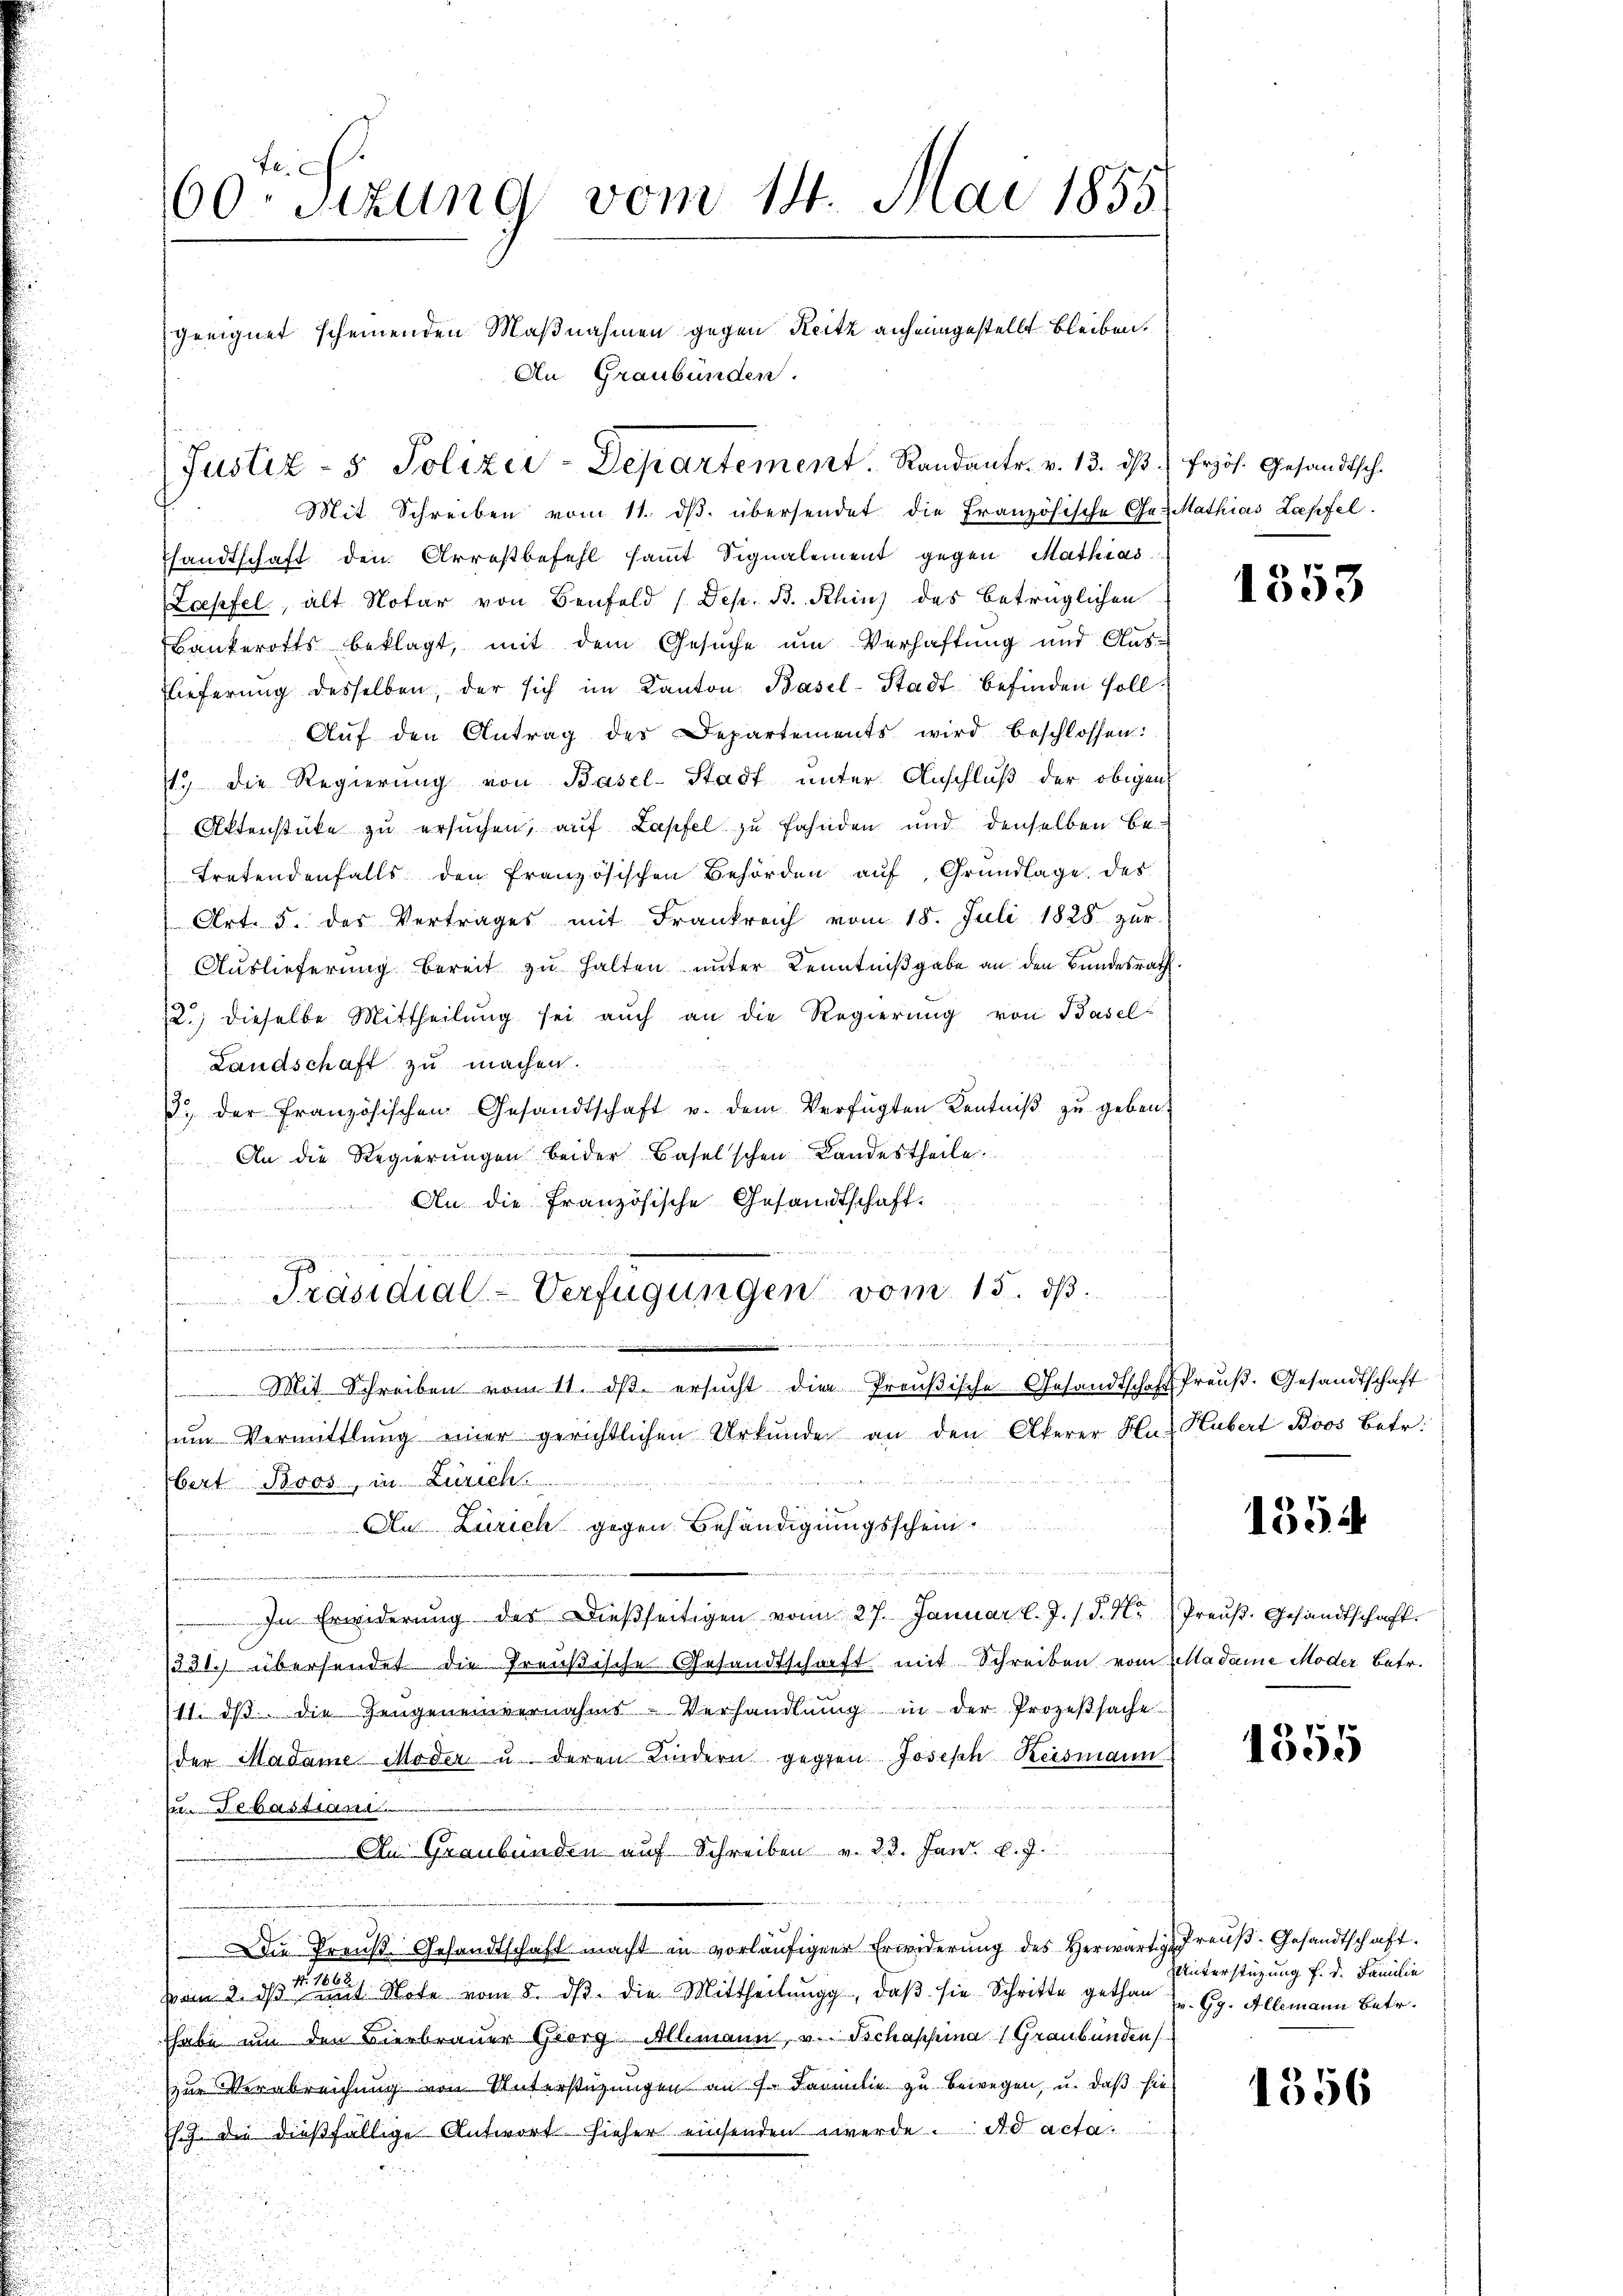
sandtschaft den Arrestbefehl sammt Signalement gegen Mathias
Loepfel, alt Notar von Benfeld (Dep. B. Rhin) des betrüglichen
Bankerotts beklagt, mit dem Gesuche um Verhaftung und Aus-
Elieferung desselben, der sich im Kanton Basel-Stadt befinden soll.
Aŭf den Antrag des Departements wird beschlossen:
1.) Die Regierung von Basel-Stadt unter Anschluß der obigen
Aktenstücke zu ersuchen, auf Lapfel zu fahnden und denselben be-
tretendenfalls den französischen Behörden auf Grundlage des
 Art. 5. des Vertrages mit Frankreich vom 18. Juli 1828 zur
Auslieferung bereit zu halten unter Kenntnißgabe an den Bundesrath.
12.) dieselbe Mittheilung sei auch an die Regierung von Basel-
Landschaft zu machen.
/. der französischen Gesandtschaft u. dem Verfügten Kentniβ zŭ geben.
An die Regierŭngen beider Baselschen Landestheile.
An die französische Gesandtschaft.

i
Mit Schreiben vom 11. dβ ersŭcht die Preußische Gesandtschaft Preuß. Gesandtschaft
ŭm Vermittlung einer gerichtlichen Urkunden an den Akerer Hn Hubert Boos Betr.
bert Boos, in Zürich
An Zürich gegen Behändigungsschein
enden der den werden andern
In Erwiderŭng der dießseitigen vom 27. Januar l. J. /. d. M. Preŭβ- Gesandtschaft.
i
1232. übersendet die Preußische Gesandtschaft mit Schreiben vom Madame Moder Betr.
11. dβ die Zeugeneinvernahms-Verhandlŭng in der Prozeβsache
der Madame Moder u. deren Kindern gegen Joseph Reismann
Zum Sebastiani
An Graubünden auf Schreiben v. 23. Janr. l. J.
Die Preŭβ- Gesandtschaft macht in vorläŭfigen Erwiderŭng des herwärtig Preŭβ-Gesandtschaft.
vom 2. ds aus Note vom 8. ds. die Mittheilung, daβ sie Schritte gethan  Gg. Allemann Betr.
habe um den Bierbrauer Georg Allimann, v. Tschappina (Graubünden
zur Verabreichung von Unterstüzungen an J. Familie zu bewegen, u. daß sie
.h. die dießfällige Antwort hieher einsenden werde. ad acta.

60ten Sizung vom 14. Mai 1855
geeignet scheinenden Maßnahmen gegen Reitz anheimgestellt bleiben.
An Graubünden.

Justiz- & Polizei-Departement. Randantr. v. 13. ds. frzös. Gesandtsch.
Mit Schreiben vom 11. dβ. übersendet die französische Ge- Mathias Lapfel.

Präsidial-Verfügungen vom 15. ds.

e
1503

1554

1355

Unterstüzung f. d. Familie

1356